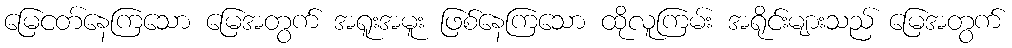
မြေငတ်နေကြသော မြေအတွက် အရူးအမူး ဖြစ်နေကြသော ထိုလူကြမ်း အရိုင်းများသည် မြေအတွက်